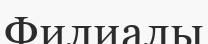
Филиалы